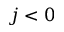
j < 0